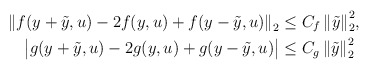
\begin{align*}\begin{aligned}{\|f(y+\tilde y,u)-2f(y,u)+f(y-\tilde y,u)\|}_2&\le C_f\,{\|\tilde y\|}^2_2,\\\big|g(y+\tilde y,u)-2g(y,u)+g(y-\tilde y,u)\big|&\le C_g\,{\|\tilde y\|}^2_2\end{aligned}\end{align*}